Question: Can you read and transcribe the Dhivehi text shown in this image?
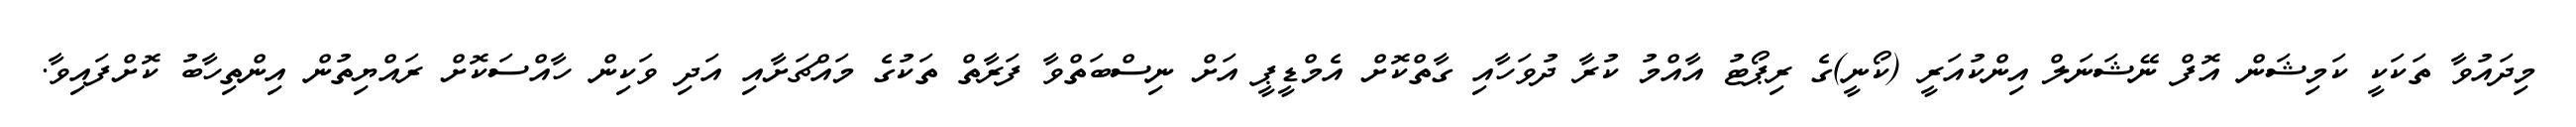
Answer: މިދައުވާ ތަކަކީ ކަމިޝަން އޮފް ނޭޝަނަލް އިންކުއަރީ (ކޯނީ)ގެ ރިޕޯޓު އާއްމު ކުރާ ދުވަހާއި ގާތްކޮށް އެމްޑީޕީ އަށް ނިސްބަތްވާ ފަރާތް ތަކުގެ މައްޗަށާއި އަދި ވަކިން ހާއްސަކޮށް ރައްޔިތުން އިންތިހާބު ކޮށްފައިވާ.